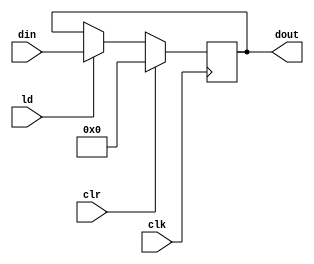
//shift register to hold value of P
module PIPO2 (output reg [15:0] dout,
            input wire [15:0] din,
            input wire ld, clr, clk
);

always @(posedge clk) begin
    if(clr) dout<= 16'd0;
    else if (ld) dout<= din;
end 

endmodule //PIPO2